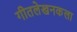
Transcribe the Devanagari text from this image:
गीतलेखनकला